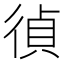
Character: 𢔤